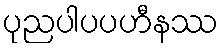
ပုညပါပပဟီနဿ